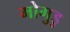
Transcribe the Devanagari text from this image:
मोगुडु